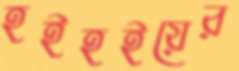
হইহইয়ের